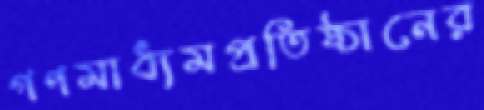
গণমাধ্যমপ্রতিষ্ঠানের